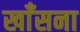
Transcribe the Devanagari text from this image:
खाँसना